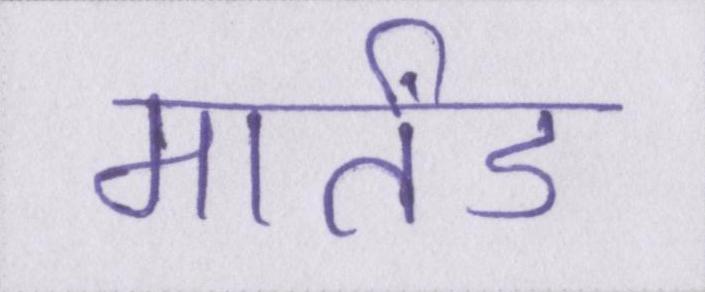
मार्तंड